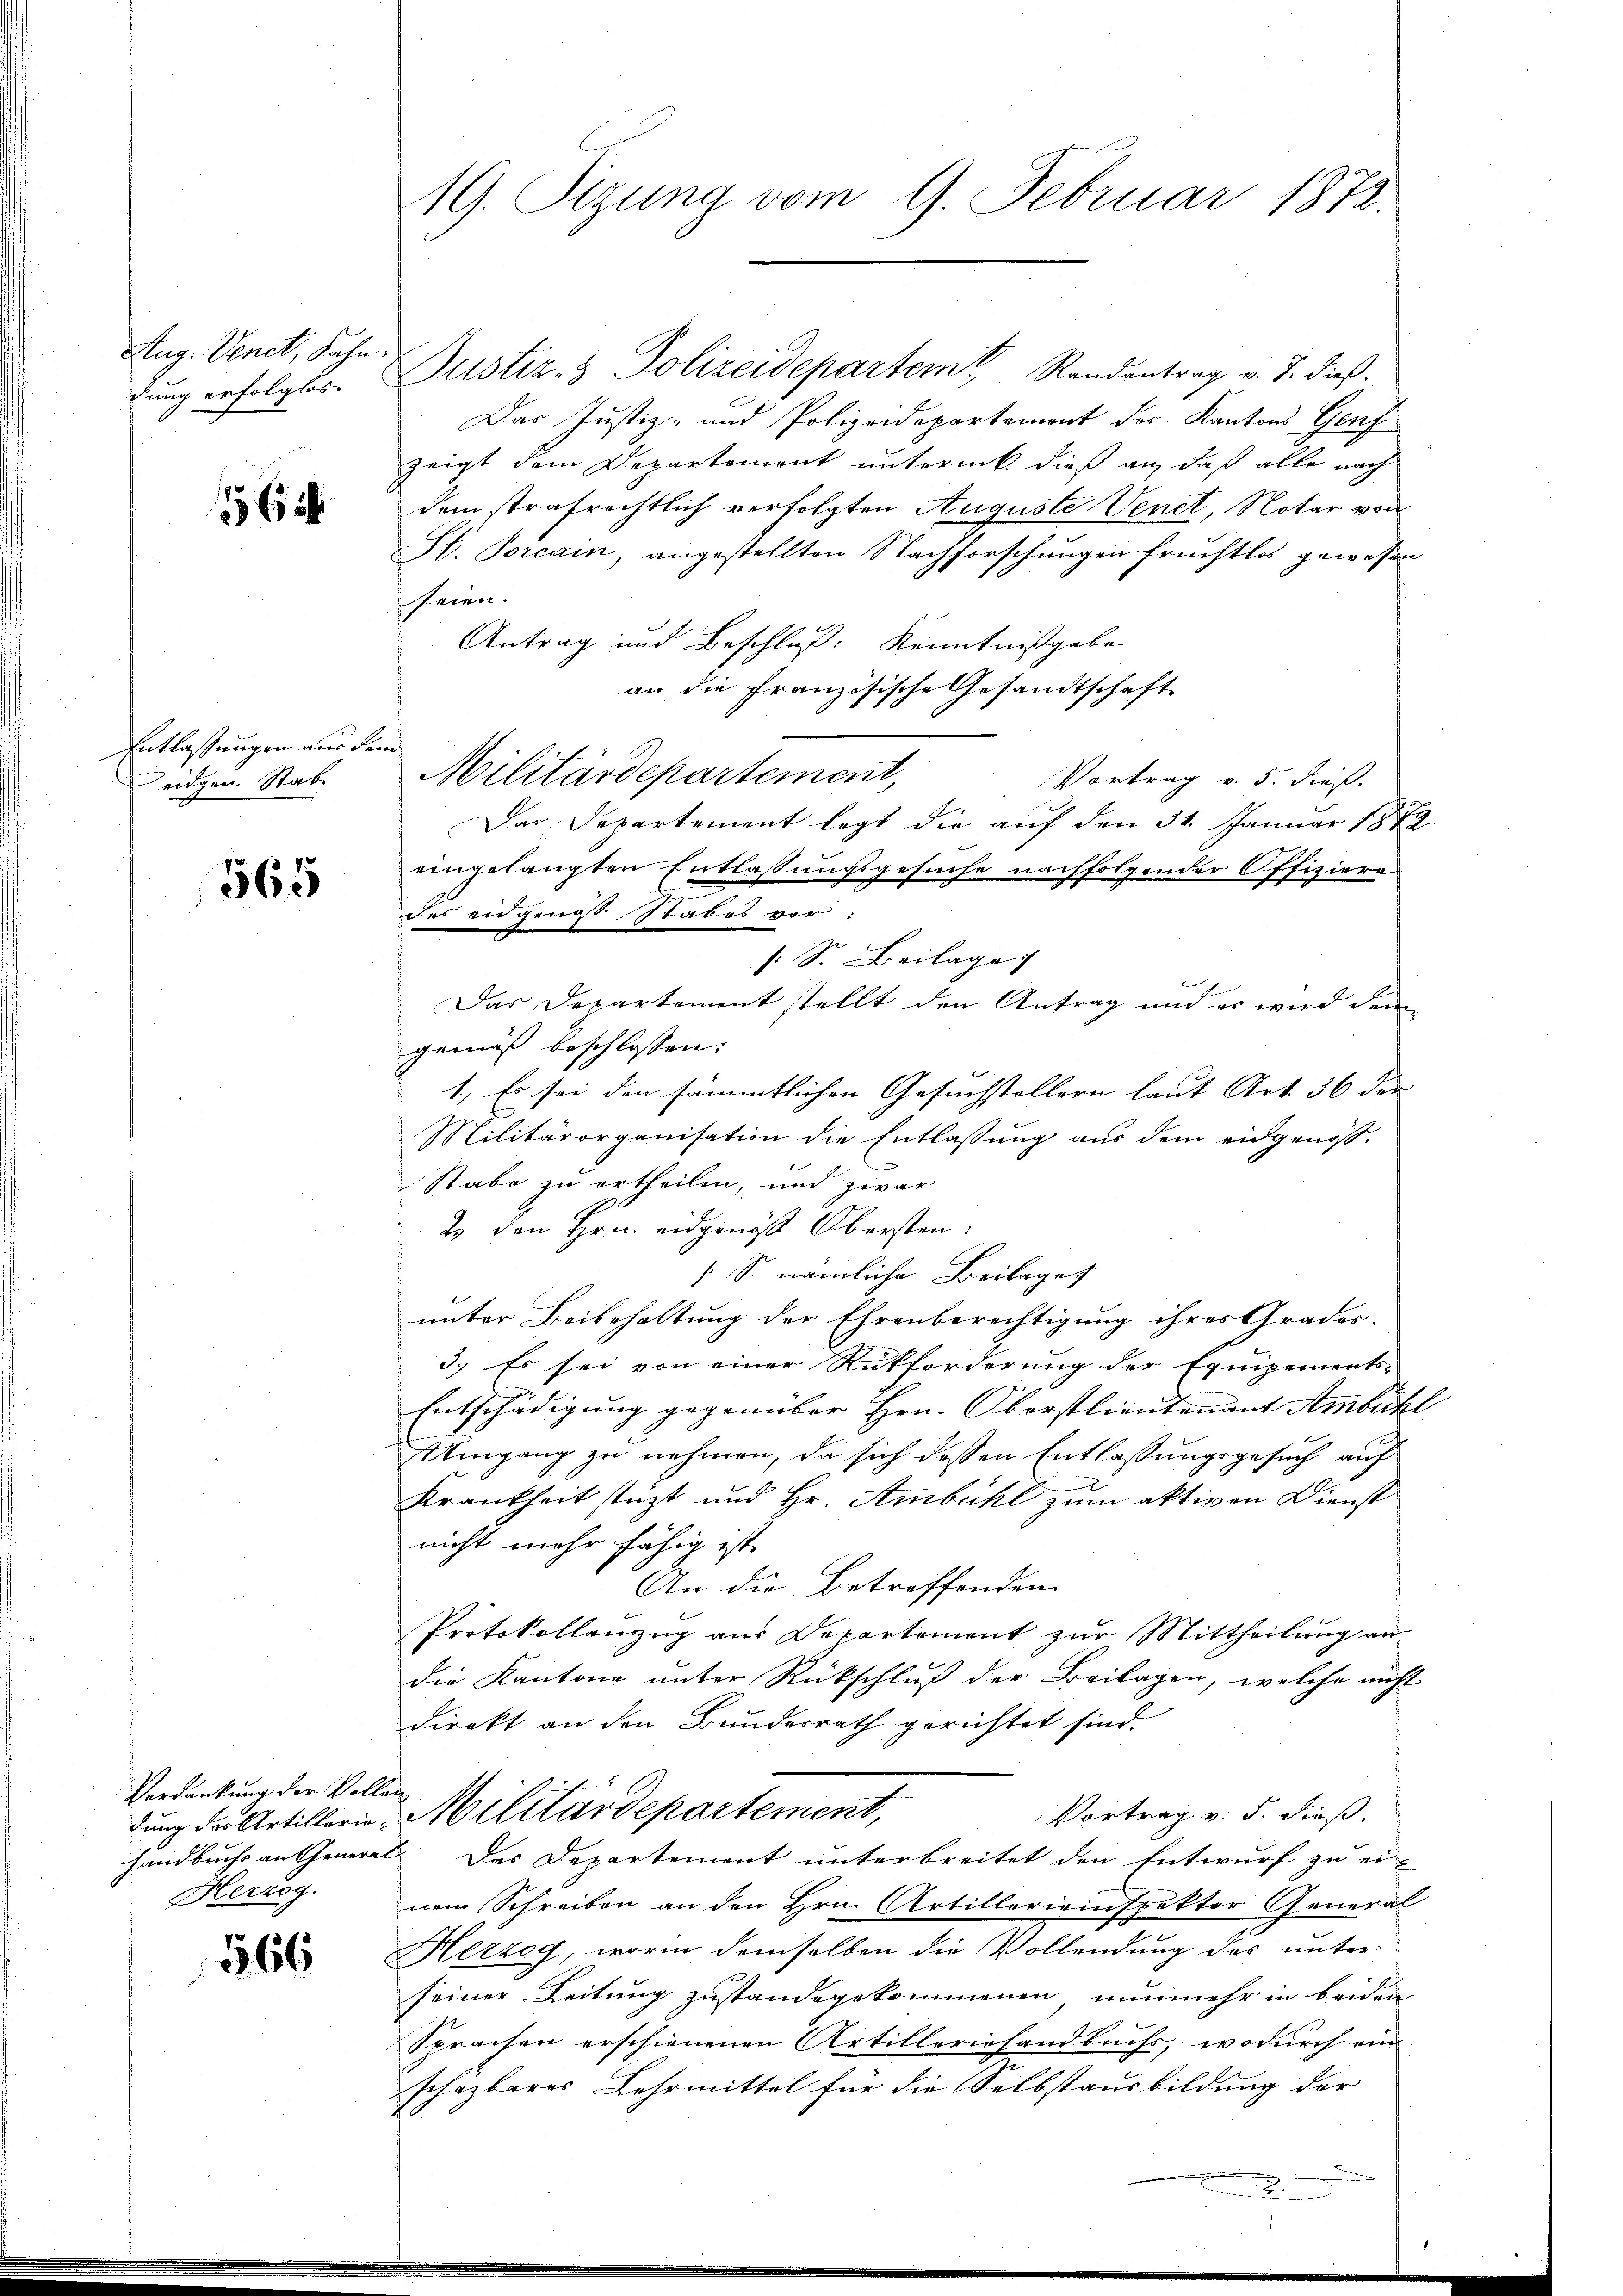
Aug. Venet, Bahn:
dung erfolgtes.

556

Entlassungen aus dem
eidgen. Stab

565

Verdankung der Vollen
Herzog.

566

Dustiz- & Polizeidepartem Randantrag v. J. dieß.
Das Justiz- und Polizeidepartement des Kantons Genf
zeigt dem Departement unternik dieß an, daß alle nach
dem strafrechtlich verfolgten Auguste Venet, Notar von
St. Porcain, angestellten Nachforschungen fruchtlos gewesen
heien.
Antrag und Beschluß: Kenntnißgabe
an die Französische Gesandtschaft
Vortrag v. 5. dieß.
Das Departement legt die auf den 31. Januar 1872
eingelangten Entlassungsgesuche nachfolgender Offiziere
des eidgenos Stabes vor:
s. S. Beilage
Das Departement stellt den Antrag und es wird dem
gemäß beschlossen:
1.) Es sei den sämmtlichen Gesuchstellern laut Art. 36 der
Militärorganisation die Entlassung aus dem eidgenös-
Stabe zu ertheilen, und zwar
2. den Hrn. eidgenöss Obersten:
 S. nämliche Beilage
unter Beibehaltung der Ehrenberechtigung ihres Grades-
3.) Es sei von einer Rückforderung der Equipements-
Entschädigung gegenüber Hrn. Oberstlieutenant Ambühl
Umgang zu nehmen, da sich dessen Entlassungsgesuch auf
.
Krankheit stüzt und Hr. Ambühl zum aktiven Dienst
nicht mehr fährig ist.
An die Betreffenden
Protokollanzug aus Departement zur Mittheilung an
die Kantone unter Rückschluß der Beilagen, welche nicht
direkt an den Bundesrath gerichtet sind.
Vortrag v. 5. dieß.
dung der Artillerie Militärdepartement,
Handbuchs an General. Das Departement unterbreitet den Entwurf zu ei-
nem Schreiben an den Hrn. Artillerieinspektor General
Herzog, worin demselben die Vollendung des unter
seiner Leitung zustande gekommenen, nunmehr in beiden
Sprachen erschienenen Artilleriehandbuchs, wodurch ein-
schazbares Lehrmittel für die Selbstausbildung der

19. Sizung vom 9. Februar 1872.

Militärdepartement,